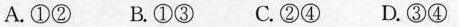
A. ①② B. ①③ C. ②④ D.③④